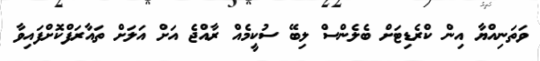
ވަތަނިއްޔާ އިން ކްރެޑިޓަށް ބެލެންސް ލިބޭ ސުކީމެއް ރާއްޖެ އަށް އަލަށް ތައާރަފްކޮށްފައިވާ